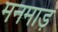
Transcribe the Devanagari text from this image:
मनमाड़